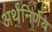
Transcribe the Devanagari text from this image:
अर्थनिर्णय